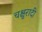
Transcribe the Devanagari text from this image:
चक्षुरादी